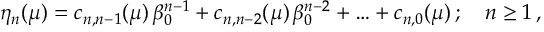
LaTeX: \eta _ { n } ( \mu ) = c _ { n , n - 1 } ( \mu ) \, \beta _ { 0 } ^ { n - 1 } + c _ { n , n - 2 } ( \mu ) \, \beta _ { 0 } ^ { n - 2 } + \ldots + c _ { n , 0 } ( \mu ) \, ; \quad n \ge 1 \, ,